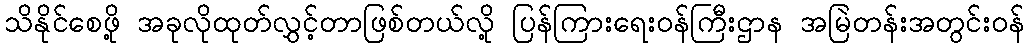
သိနိုင်စေဖို့ အခုလိုထုတ်လွှင့်တာဖြစ်တယ်လို့ ပြန်ကြားရေးဝန်ကြီးဌာန အမြဲတန်းအတွင်းဝန်